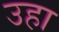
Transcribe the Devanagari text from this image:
उहा